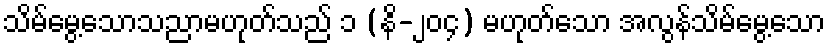
သိမ်မွေ့သောသညာမဟုတ်သည် ၁ (နိ-၂၀၄) မဟုတ်သော အလွန်သိမ်မွေ့သော